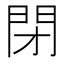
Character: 閉